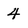
Character: 4